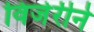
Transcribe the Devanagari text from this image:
विजेरीने